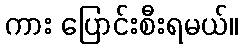
ကား ပြောင်းစီးရမယ်။